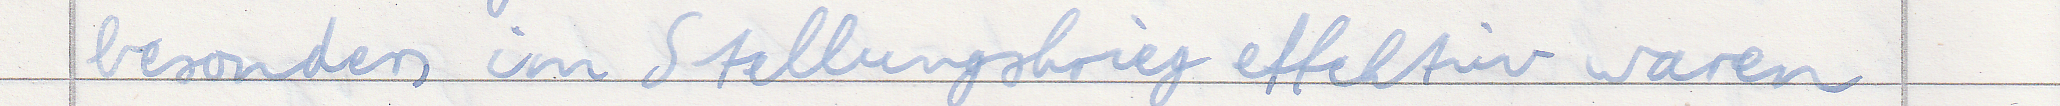
besonders im Stellungskrieg effektiv waren